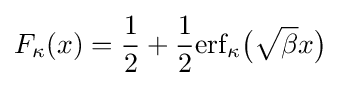
F_{\kappa }(x)={\frac {1}{2}}+{\frac {1}{2}}{\textrm {erf}}_{\kappa }{\big (}{\sqrt {\beta }}x{\big )}